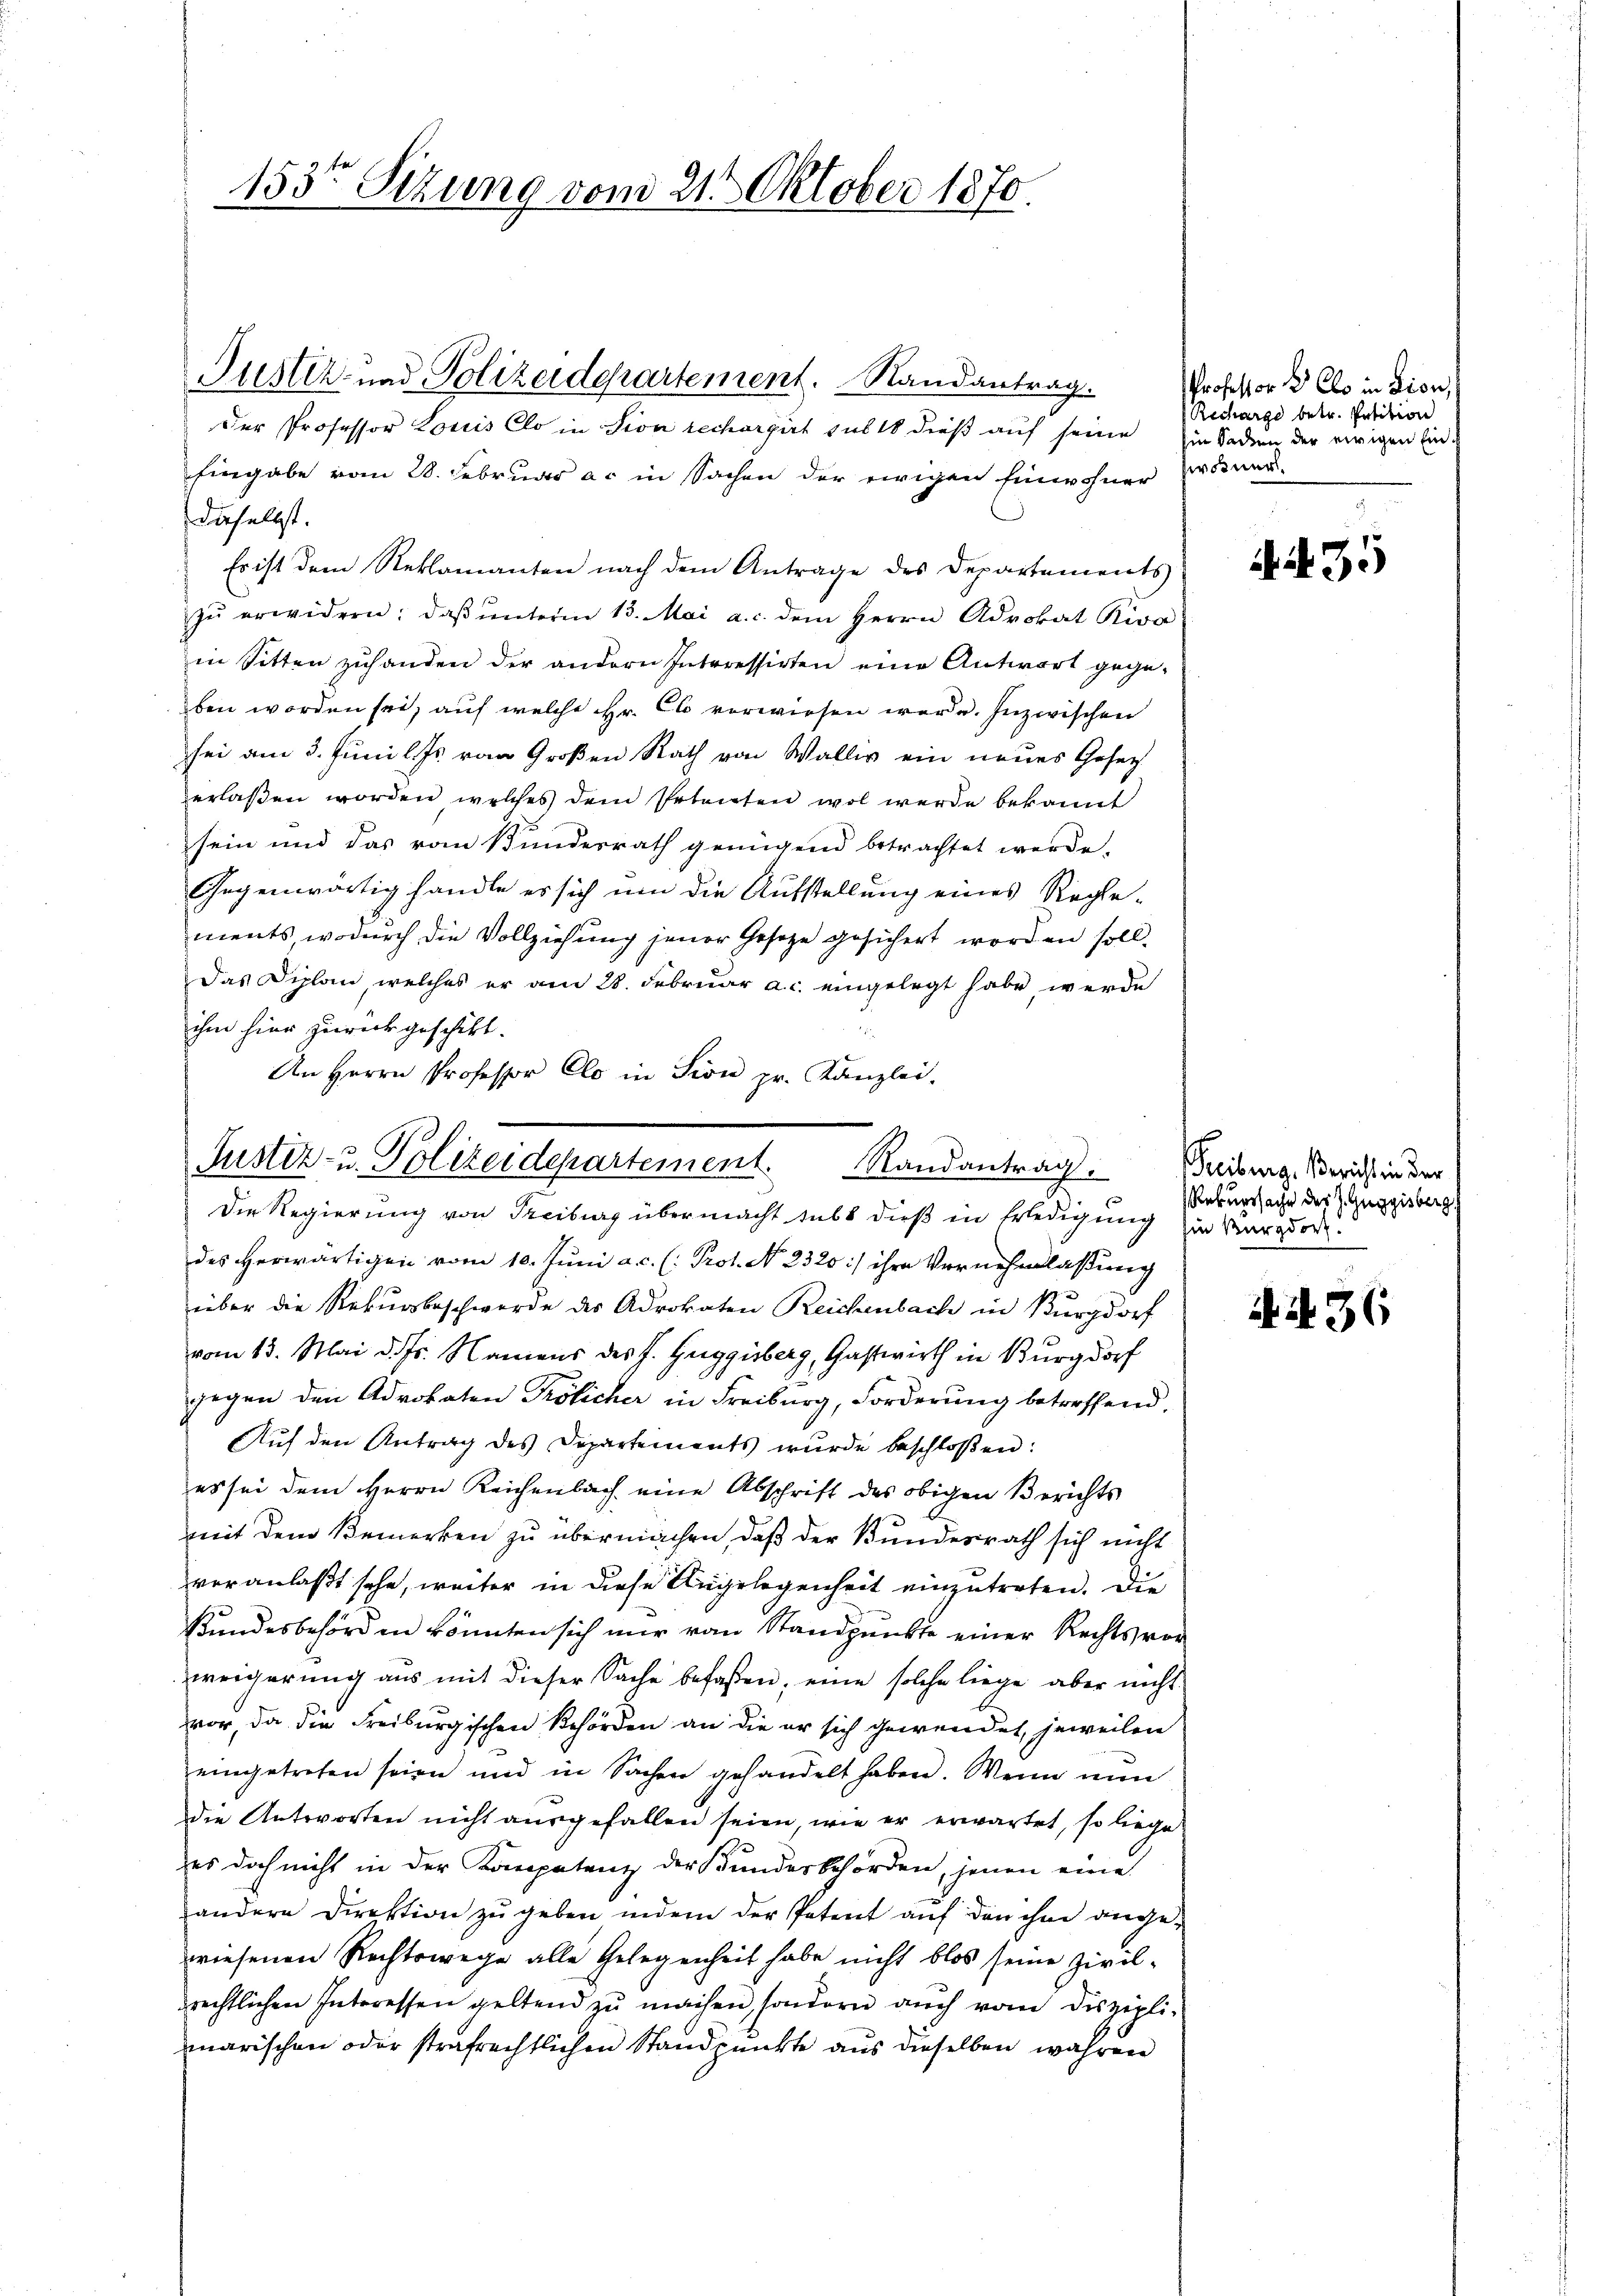
183ten Sizung vom 21t Oktober 1870.

Der Professor Louis Clo in Fion rechargirt sub 18 dieß auf seine
Eingabe vom 28. Februar ac in Sachen der ewigen Einwohner
dieselbst.
Es ist dem Reklamanten nach dem Antrage des Departements
zŭ erwidern: daß unterm 13. Mai a. c. dem Herrn Advokat Riva
in Sitten zuhanden der andern Interessirten eine Antwort gege-
ben worden sei, auf welche Hr. Cl verwiesen werde. Inzwischen
sei am 3. Juni l. Js. von Großen Rath von Wallis ein neues Gesetz
erlaßen worden, welches dem Petenten wol werde bekannt
sein und das vom Bundesrath genügend betrachtet werde.
Gegenwärtig handle es sich um die Aufstellung eines Regle-
ments, wodurch die Vollziehung jener Gesetze gesichert worden soll.
Das Diplan, welches er am 28. Februar a. c. eingelegt habe, werde
ihm hier zurückgeschikt.
An Herrn Professor Clo in Sion pr. Kanzlei.

Justiz- und Polizeidepartement. Randantrag.

Justiz- u. Polizeidepartement. Randantrag
Die Regierung von Freiburg übermacht subt dieß in Erledigung zur Margdor.

Professor B Clo in Lion,
Recharge betr. Petition
in Sachen der ewigen Ein
wosner.

des Herwärtigen vom 10. Juni a. c. (: Prot. No. 2320:/ ihre Vernehmlassung
über die Rekursbeschwerde des Advokaten Reichenbach in Burgdorf
vom 13. Mai d. Js. Namens des J. Guggisberg, Gastwirth in Burgdorf
gegen den Advokaten Frölicher in Freiburg, Forderung betreffend.
Auf den Antrag des Departements wurde beschloßen:
es sei dem Herrn Reichenbach eine Abschrift des obigen Berichts
mit dem Bemerken zu übermachen, daß der Bundesrath sich nicht
veranlaßt sehe, weiter in diese Angelegenheit einzutreten. Die
Bundesbehörd in könnten sich nur von Standpunkte einer Rechts vorvereigerung aus mit dieser Sache befaßen, eine solche liege aber nicht
vor, da die Freiburgischen Behörden an die er sich gewendet, jeweilen
eingetreten seien und in Sachen gehandelt haben. Wenn nun
die Antworten nicht ausgefallen seien, wie er erwartet, so liege
es doch nicht in der Kompetenz der Kundesbehörden, jenen eine
andere Direktion zu geben indem der Petent auf den ihm angewiesenen Rechtswege alle Gelegenheit habe nicht blos seine Zivil-
drechtlichen Interessen geltend zŭ machen, sondern aŭch vom diszipli-
marischen oder strafrechtlichen Standpunkte aus dieselben wahren

4435

Freiburg, Bericht in der
Rekurssache des J. Guggisberg

N. 36